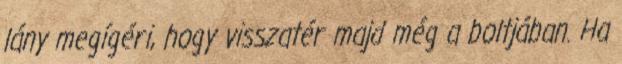
lány megígéri, hogy visszatér majd még a boltjában. Ha